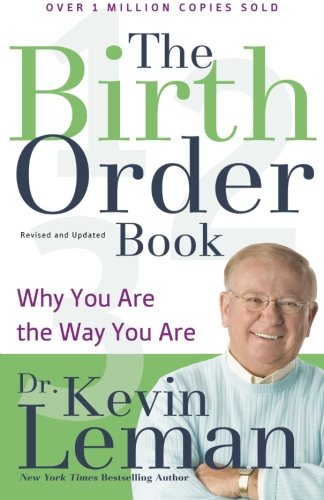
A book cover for The Birth Order Book: Why You Are the Way You Are; Dr. Kevin Leman; Parenting & Relationships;